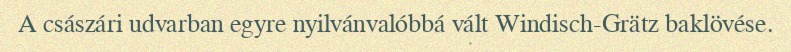
A császári udvarban egyre nyilvánvalóbbá vált Windisch-Grätz baklövése.